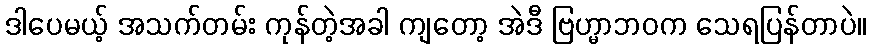
ဒါပေမယ့် အသက်တမ်း ကုန်တဲ့အခါ ကျတော့ အဲဒီ ဗြဟ္မာဘဝက သေရပြန်တာပဲ။